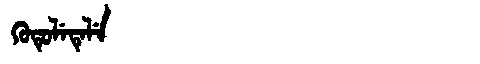
Manchu: ᡴᡠᡨᡠᠯᡝᡨᡝᠯᡝ
Romanization: KUTULETELE